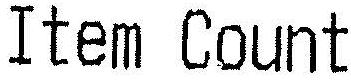
ITEM COUNT